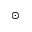
_ { \odot }